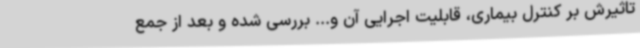
تاثیرش بر کنترل بیماری، قابلیت اجرایی آن و... بررسی شده و بعد از جمع